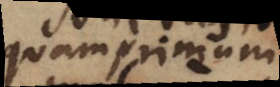
quam primum